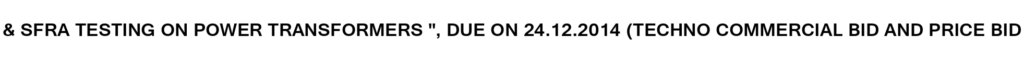
& SFRA TESTING ON POWER TRANSFORMERS ", DUE ON 24.12.2014 (TECHNO COMMERCIAL BID AND PRICE BID